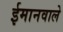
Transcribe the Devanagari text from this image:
ईमानवाले